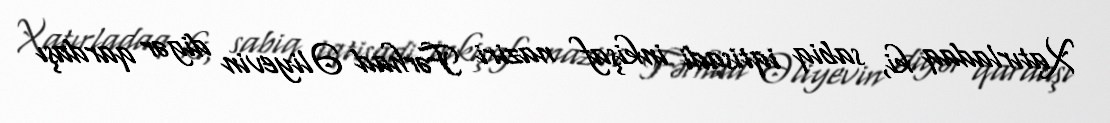
Xatırladaq ki, sabiq iqtisadi inkişaf naziri Fərhad Əliyevin digər qardaşı